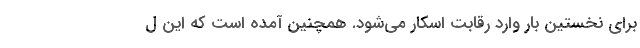
برای نخستین بار وارد رقابت اسکار می‌شود. همچنین آمده است که این ل